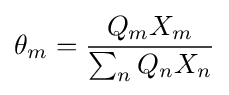
\theta _{m}={Q_{m}X_{m} \over \sum _{n}Q_{n}X_{n}}